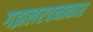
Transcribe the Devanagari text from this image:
गझलरचनाकार